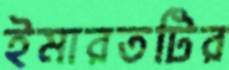
ইমারতটির